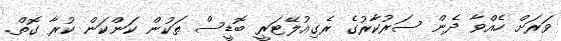
ވަރަށް ހެއްވާ ދެން ސަރުކާރުގެ ރެގިއުލޭޓަރީ ބޮޑީސް ތަކުން ކަންކަން ކުރާ ގޮތް.